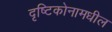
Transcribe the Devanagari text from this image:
दृष्टिकोनामधील